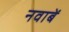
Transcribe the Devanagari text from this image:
नवाबें